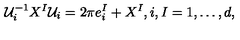
{ \cal U } _ { i } ^ { - 1 } X ^ { I } { \cal U } _ { i } = 2 \pi e _ { i } ^ { I } + X ^ { I } , i , I = 1 , \ldots , d ,